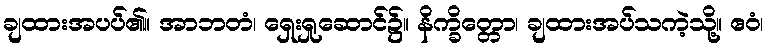
ချထားအပပ်၏။ အာဘတံ၊ ရှေးရှုဆောင်၌။ နိက္ခိတ္တော၊ ချထားအပ်သကဲ့သို့။ ဧဝံ၊